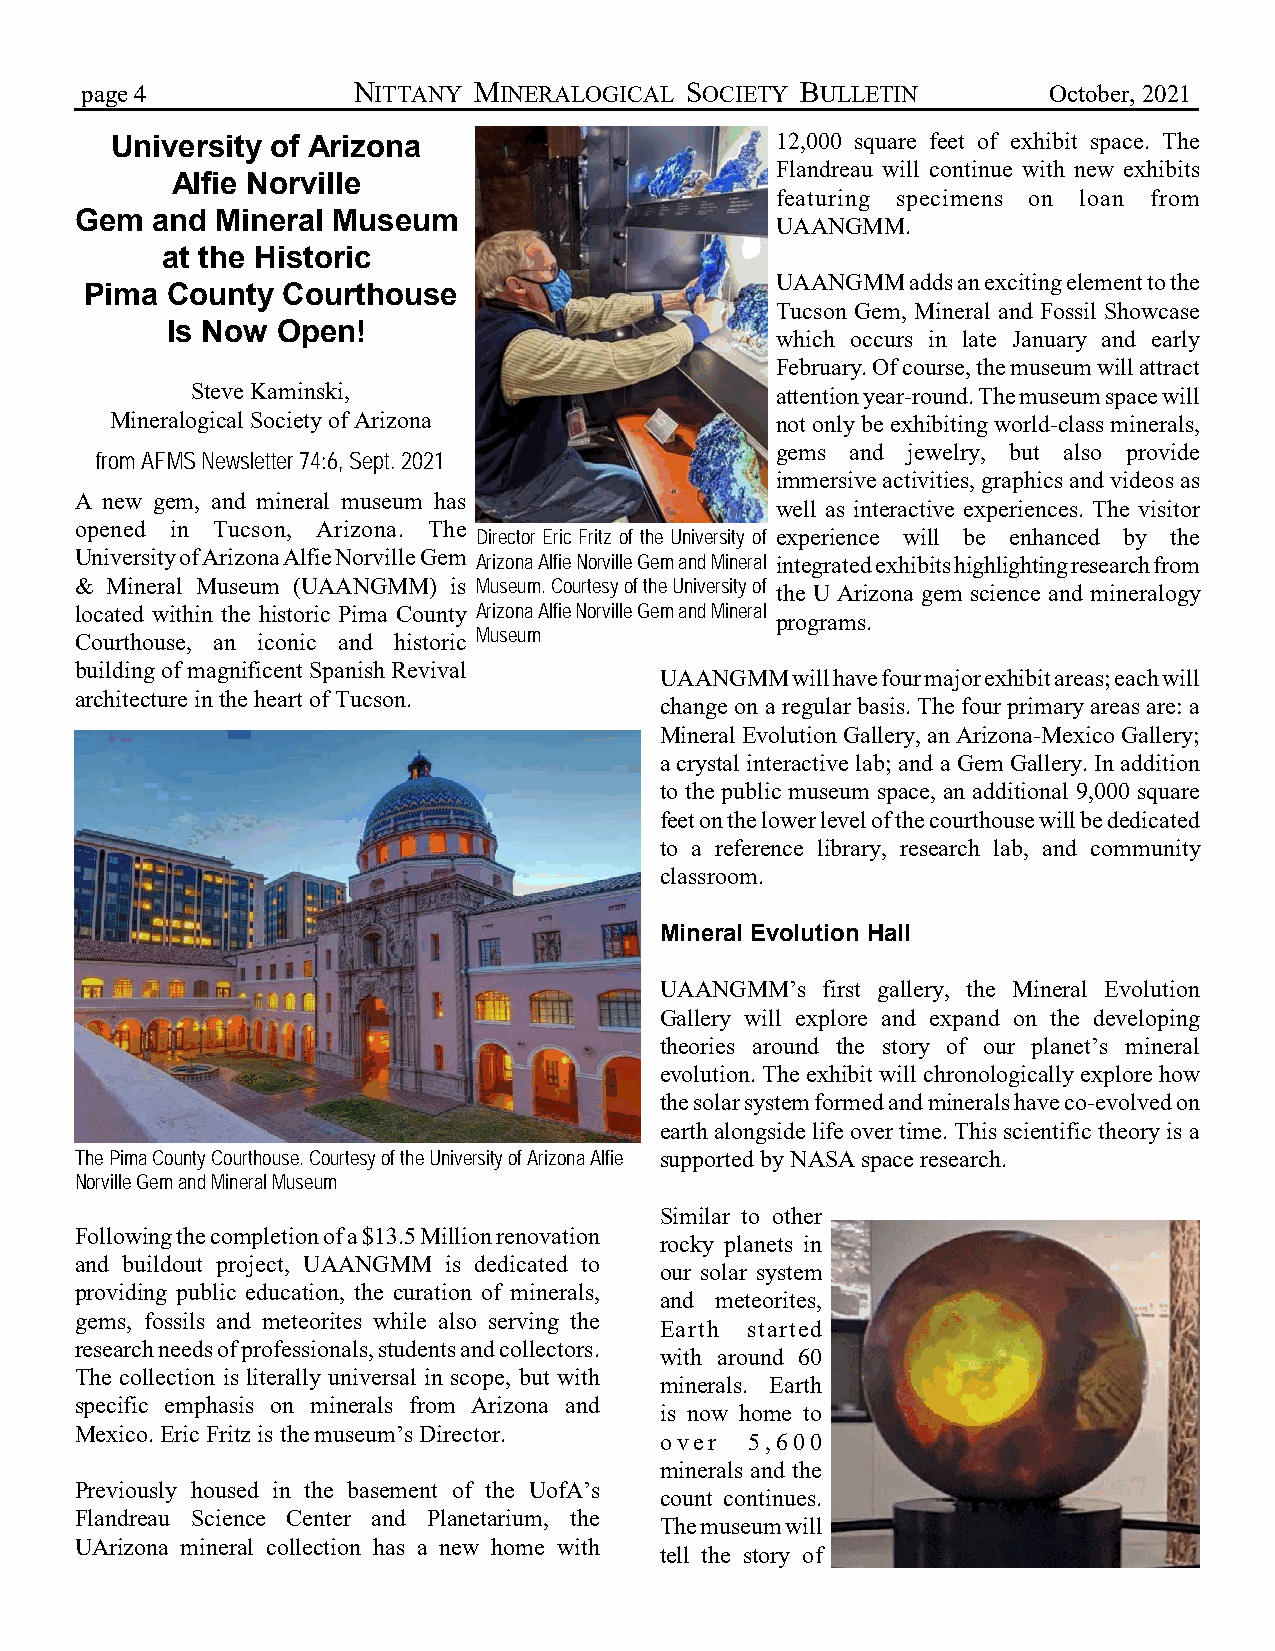
page 4            NITTANY MINERALOGICAL SOCIETY BULLETIN        October, 2021
 University of Arizona                       12,000 square feet of exhibit space. The
 Flandreau will continue with new exhibits
 Alfie Norville
 featuring specimens on loan from
 Gem  and Mineral Museum
 UAANGMM.
 at the Historic
 UAANGMM  adds an exciting element to the
 Pima County  Courthouse
 Tucson Gem, Mineral and Fossil Showcase
 Is Now Open!
 which occurs in late January and early
 February. Of course, the museum will attract
 Steve Kaminski,                       attention year-round. The museum space will
 Mineralogical Society of Arizona            not only be exhibiting world-class minerals,
 gems and jewelry, but also provide
 from AFMS Newsletter 74:6, Sept. 2021
 immersive activities, graphics and videos as
 A new gem, and mineral museum has
 well as interactive experiences. The visitor
 opened in Tucson, Arizona. The
 Director Eric Fritz of the University of experience will be enhanced by the
 University of Arizona Alfie Norville Gem Arizona Alfie Norville Gem and Mineral integrated exhibits highlighting research from
 & Mineral Museum (UAANGMM) is Museum. Courtesy of the University of the U Arizona gem science and mineralogy
 located within the historic Pima County Arizona Alfie Norville Gem and Mineral
 programs.
 Courthouse, an iconic and historic Museum
 building of magnificent Spanish Revival
 UAANGMM will have four major exhibit areas; each will
 architecture in the heart of Tucson.
 change on a regular basis. The four primary areas are: a
 Mineral Evolution Gallery, an Arizona-Mexico Gallery;
 a crystal interactive lab; and a Gem Gallery. In addition
 to the public museum space, an additional 9,000 square
 feet on the lower level of the courthouse will be dedicated
 to a reference library, research lab, and community
 classroom.
 Mineral Evolution Hall
 UAANGMM’s first gallery, the Mineral Evolution
 Gallery will explore and expand on the developing
 theories around the story of our planet’s mineral
 evolution. The exhibit will chronologically explore how
 the solar system formed and minerals have co-evolved on
 earth alongside life over time. This scientific theory is a
 The Pima County Courthouse. Courtesy of the University of Arizona Alfie supported by NASA space research.
 Norville Gem and Mineral Museum
 Similar to other
 Following the completion of a $13.5 Million renovation
 rocky planets in
 and buildout project, UAANGMM is dedicated to
 our solar system
 providing public education, the curation of minerals,
 and meteorites,
 gems, fossils and meteorites while also serving the
 Earth started
 research needs of professionals, students and collectors.
 with around 60
 The collection is literally universal in scope, but with
 minerals. Earth
 specific emphasis on minerals from Arizona and
 is now home to
 Mexico. Eric Fritz is the museum’s Director.
 over  5,600
 minerals and the
 Previously housed in the basement of the UofA’s
 count continues.
 Flandreau Science Center and Planetarium, the
 The museum will
 UArizona mineral collection has a new home with
 tell the story of